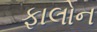
ફાલોન